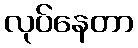
လုပ်နေတာ